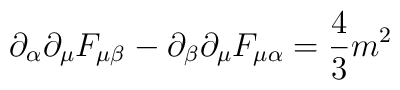
\partial_\alpha \partial_\mu F_{\mu\beta} -\partial_\beta \partial_\mu F_{\mu\alpha} = {4\over 3} m^2